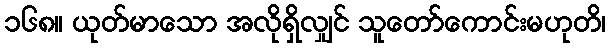
၁၆၈။ ယုတ်မာသော အလိုရှိလျှင် သူတော်ကောင်းမဟုတိ၊